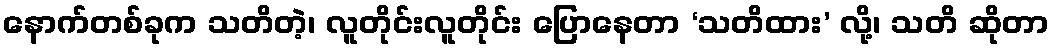
နောက်တစ်ခုက သတိတဲ့၊ လူတိုင်းလူတိုင်း ပြောနေတာ ‘သတိထား’ လို့၊ သတိ ဆိုတာ